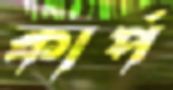
কার্প